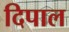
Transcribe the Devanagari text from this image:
दिपाल